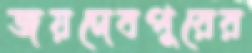
জয়দেবপুরের